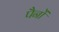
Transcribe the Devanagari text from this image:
पैनों